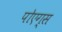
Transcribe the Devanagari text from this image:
पोएग्स